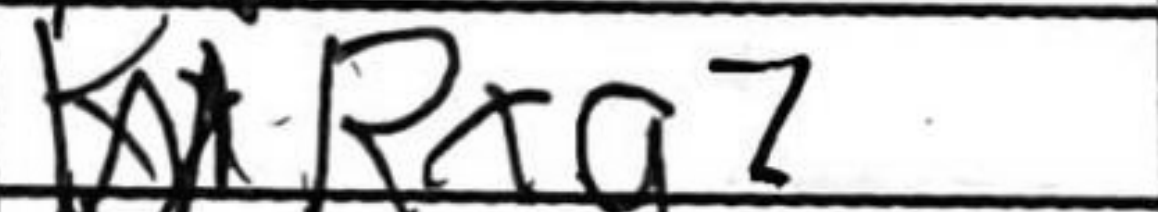
Transcription: Rxg2